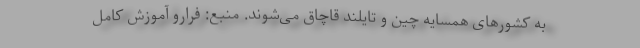
به کشور‌های همسایه چین و تایلند قاچاق می‌شوند. منبع: فرارو آموزش کامل